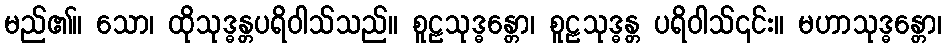
မည်၏။ သော၊ ထိုသုဒ္ဓန္တပရိဝါသ်သည်။ စူဠသုဒ္ဓန္တော၊ စူဠသုဒ္ဓန္တ ပရိဝါသ်၎င်း။ မဟာသုဒ္ဓန္တော၊